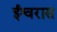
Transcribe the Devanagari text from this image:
ईश्वरास